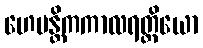
ဟေမန္တိကကာလရတ္တိယော